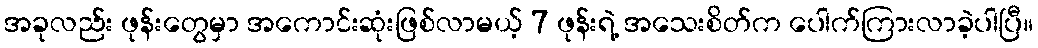
အခုလည်း ဖုန်းတွေမှာ အကောင်းဆုံးဖြစ်လာမယ့် 7 ဖုန်းရဲ့ အသေးစိတ်က ပေါက်ကြားလာခဲ့ပါပြီ။